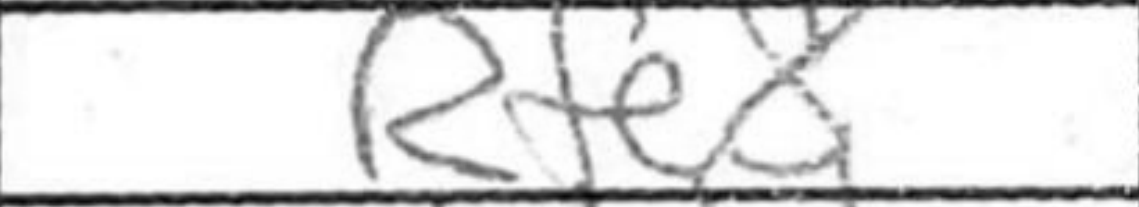
Transcription: Rfe8